Indian Medical Review
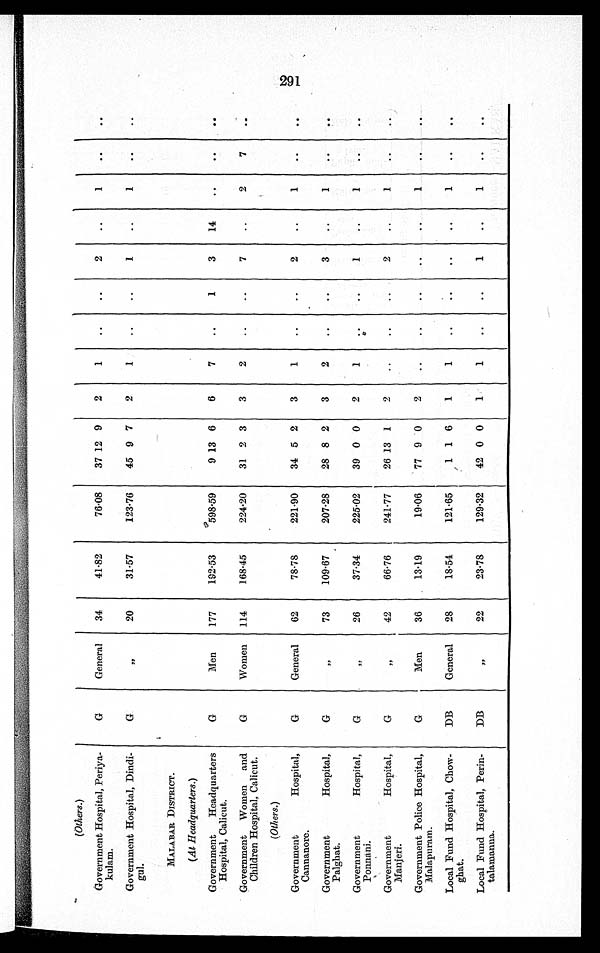
(Others.)
Government Hospital, Periya-
kulam.
G
General
34
41.82
76.08
37 12 9
2
1
. .
. . 2
..
1
..
..
Government Hospital, Dindi-
gul.
G
" 20
31.57
123.76
45 9 7
2
1
. .
. .
1
..
1
. .
. .
MALABAR DISTRICT.
(At Headquarters.)
Government
Headquarters
Hospital, Calicut.
G
Men
177
192·53
598.59
9 13 6
6
7
..
1
3
14
..
..
..
Government Women and
Children Hospital, Calicut.
G
Women
114
168.45
224.20
31 2 3
3
2
..
..
7
..
2
7
. .
(Others.)
Government
Hospital,
Cannanore.
G
General
62
78.78
221.90
34 5 2
3
1
..
..
2
..
1
. .
. .
Government
Hospital,
Palghat.
G
" 73
109.67
207.28
28 8 2
3
2
..
..
3
..
1
. .
. .
Government
Hospital,
Ponnani.
G
„
26
37.34
225.02
39 0 0
2
..
..
1
..
1
. .
. .
Government
Hospital,
Manjeri.
G
" 42
66.76
241.77
26 13 1
2
..
..
..
1
..
1
. .
. .
Government Police Hospital,
Malapuram.
G
Men
36
13.19
19.06
77 9 0
2
..
..
..
..
..
1
. .
. .
Local Fund Hospital, Chow-
ghat.
DB
General
28
18.54
121.65
1 1 6
1
1
. .
. .
. .
. .
1
. .
. .
Local Fund Hospital, Perin-
talamanna.
D
„
22
23.78
129.32
42 0 0
1
1
..
..
1
..
1
..
..